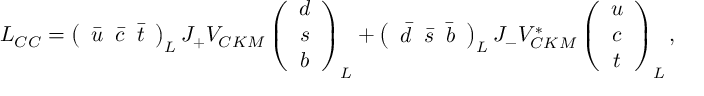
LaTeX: { \cal L } _ { C C } = \left( \begin{array} { c c c } { { { \bar { u } } \; \; { \bar { c } } \; \; { \bar { t } } } } \end{array} \right) _ { L } J _ { + } V _ { C K M } \left( \begin{array} { c } { { d } } \\ { { s } } \\ { { b } } \end{array} \right) _ { L } + \left( \begin{array} { c c c } { { { \bar { d } } \; \; { \bar { s } } \; \; { \bar { b } } } } \end{array} \right) _ { L } J _ { - } V _ { C K M } ^ { * } \left( \begin{array} { c } { { u } } \\ { { c } } \\ { { t } } \end{array} \right) _ { L } ,